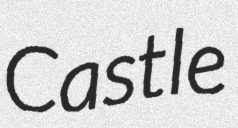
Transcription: Castle